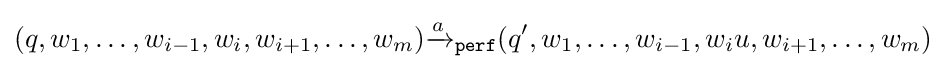
(q,w_{1},\dots ,w_{i-1},w_{i},w_{i+1},\dots ,w_{m}){\xrightarrow {a}}_{\mathtt {perf}}(q',w_{1},\dots ,w_{i-1},w_{i}u,w_{i+1},\dots ,w_{m})